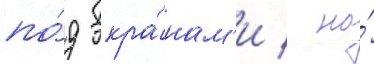
по́д экра́нам'и / на́